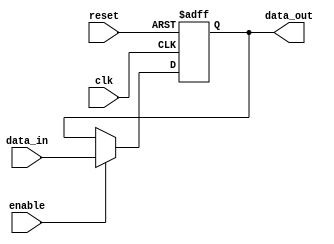
module latch (
    input wire clk,
    input wire reset,
    input wire enable,
    input wire data_in,
    output reg data_out
);

always @(posedge clk or posedge reset) begin
    if (reset) begin
        data_out <= 1'b0;
    end else begin
        if (enable) begin
            data_out <= data_in;
        end
    end
end

endmodule